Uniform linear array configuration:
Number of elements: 12
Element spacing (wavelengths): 0.25
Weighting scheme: hann
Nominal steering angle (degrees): -30
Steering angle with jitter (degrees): -30.177
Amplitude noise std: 0.05
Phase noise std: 0.05

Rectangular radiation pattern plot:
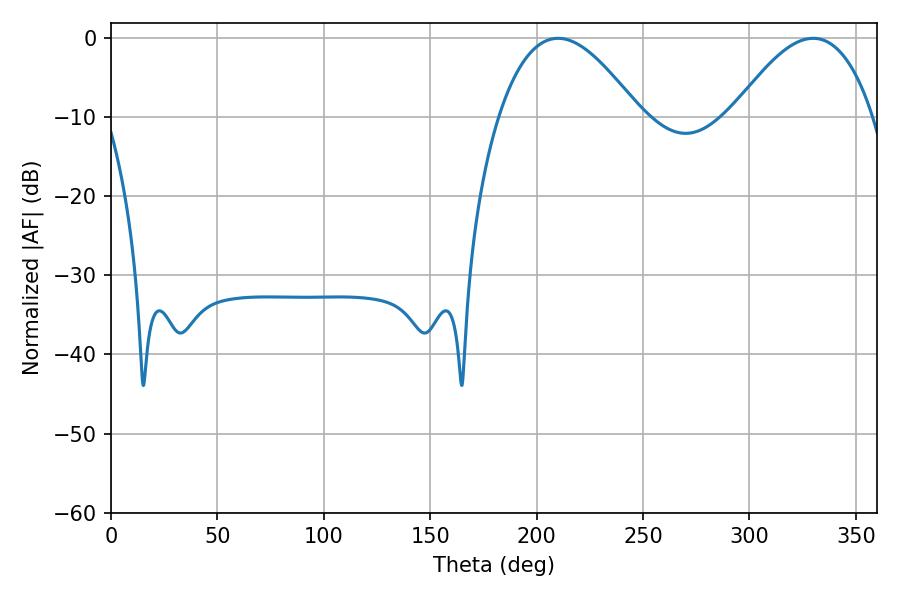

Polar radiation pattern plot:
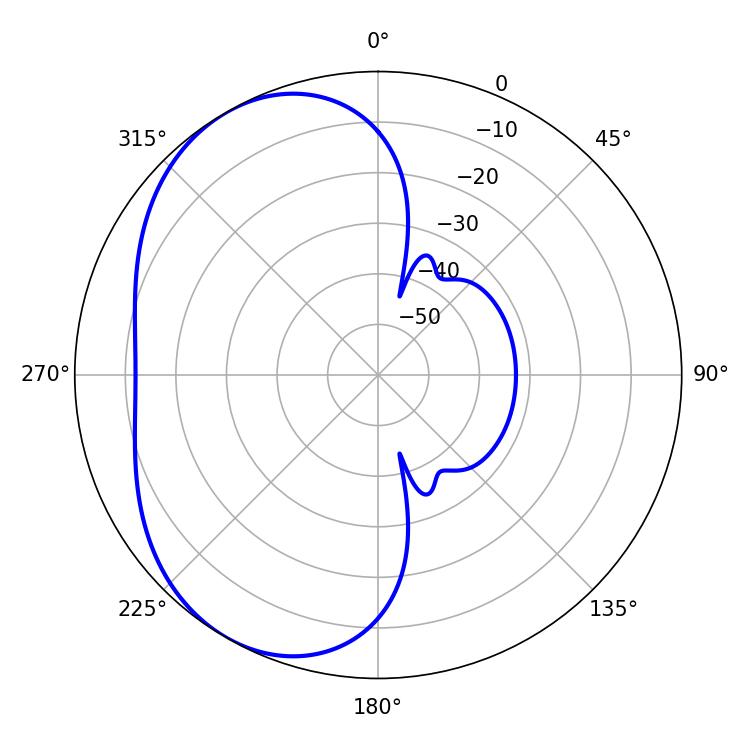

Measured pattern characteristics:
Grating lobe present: FALSE
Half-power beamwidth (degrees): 36.18
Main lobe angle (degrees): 210.06